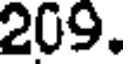
209.